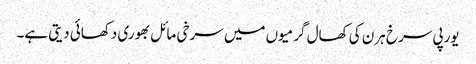
یورپی سرخ ہرن کی کھال گرمیوں میں سرخی مائل بھوری دکھائی دیتی ہے۔